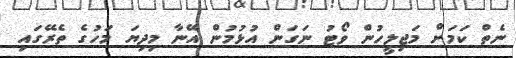
ނެތް ކަމަށް މަޖިލީހުން ވޯޓު ނަގަން އުޅުމުން އޭނާ މިދިޔަ މަހުގެ ތެރޭގައި